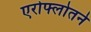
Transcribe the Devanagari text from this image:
एरोफ्लोतने